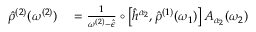
\begin{array} { r l } { \hat { \rho } ^ { ( 2 ) } ( \omega ^ { ( 2 ) } ) } & { { } = \frac { 1 } { \omega ^ { ( 2 ) } - \hat { \epsilon } } \circ \left[ \hat { h } ^ { \alpha _ { 2 } } , \hat { \rho } ^ { ( 1 ) } ( \omega _ { 1 } ) \right] A _ { \alpha _ { 2 } } ( \omega _ { 2 } ) } \end{array}